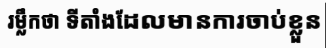
រម្លឹកថា ទីតាំងដែលមានការចាប់ខ្លួន